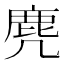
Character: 麂